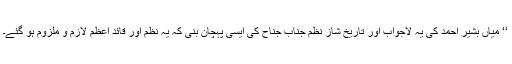
‘‘ میاں بشیر احمد کی یہ لاجواب اور تاریخ شاز نظم جنابِ جناح کی ایسی پہچان بنی کہ یہ نظم اور قائدِ اعظم لازم و ملزوم ہو گئے۔